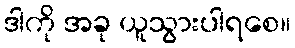
ဒါကို အခု ယူသွားပါရစေ။